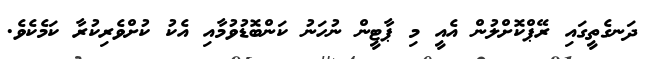
ދަނގެތީގައި ރޭޕްކޮށްލުން އެއީ މި ޕާޓީން ނުހަނު ކަންބޮޑުވުމާއި އެކު ކުށްވެރިކުރާ ކަމެކެވެ.